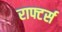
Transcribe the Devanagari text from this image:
राफ्टर्स